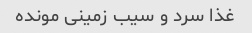
غذا سرد و سیب زمینی مونده